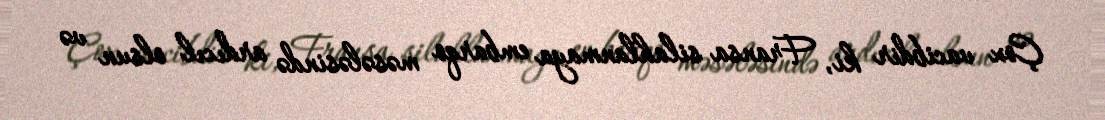
Çox vacibdir ki, Fransa silahlanmaya embarqo məsələsində ardıcıl olsun və